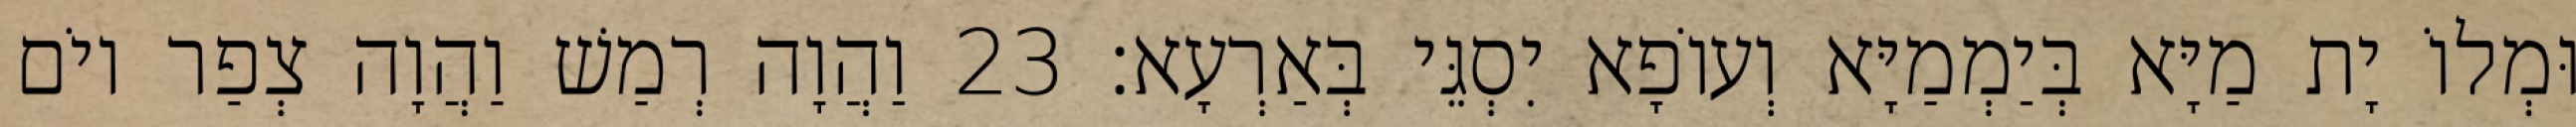
וּמְלוֹ יָת מַיָּא בְּיַמְמַיָּא וְעוֹפָא יִסְגֵּי בְּאַרְעָא׃ 23 וַהֲוָה רְמַשׁ וַהֲוָה צְפַר יוֹם